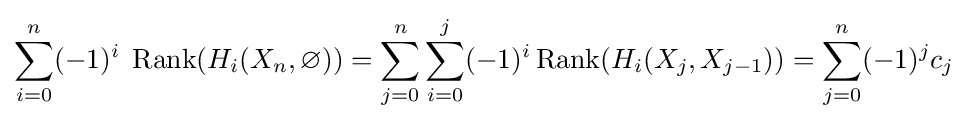
\sum _{i=0}^{n}(-1)^{i}\;\operatorname {Rank} ({H_{i}}(X_{n},\varnothing ))=\sum _{j=0}^{n}\sum _{i=0}^{j}(-1)^{i}\operatorname {Rank} ({H_{i}}(X_{j},X_{j-1}))=\sum _{j=0}^{n}(-1)^{j}c_{j}